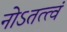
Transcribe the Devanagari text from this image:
नोऽतत्त्वं